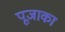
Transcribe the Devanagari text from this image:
पूजाका